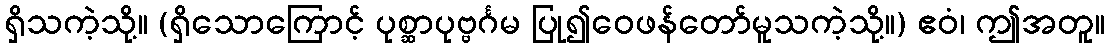
ရှိသကဲ့သို့။ (ရှိသောကြောင့် ပုစ္ဆာပုဗ္ဗင်္ဂမ ပြု၍ဝေဖန်တော်မူသကဲ့သို့။) ဧဝံ၊ ဤအတူ။